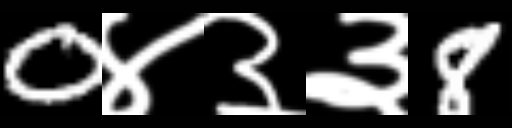
Text: 0४३३8